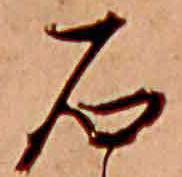
石